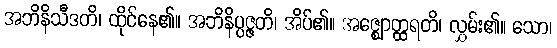
အဘိနိသီဒတိ၊ ထိုင်နေ၏။ အဘိနိပ္ပဇ္ဇတိ၊ အိပ်၏။ အဇ္ဈောတ္ထရတိ၊ လွှမ်း၏။ သော၊